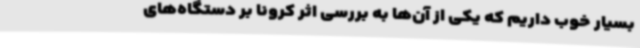
بسیار خوب داریم که یکی از آن‌ها به بررسی اثر کرونا بر دستگاه‌های